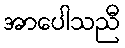
အာပေါသညီ